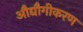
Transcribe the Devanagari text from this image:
औद्यौगीकरण